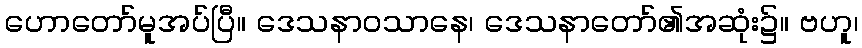
ဟောတော်မူအပ်ပြီ။ ဒေသနာဝသာနေ၊ ဒေသနာတော်၏အဆုံး၌။ ဗဟူ၊